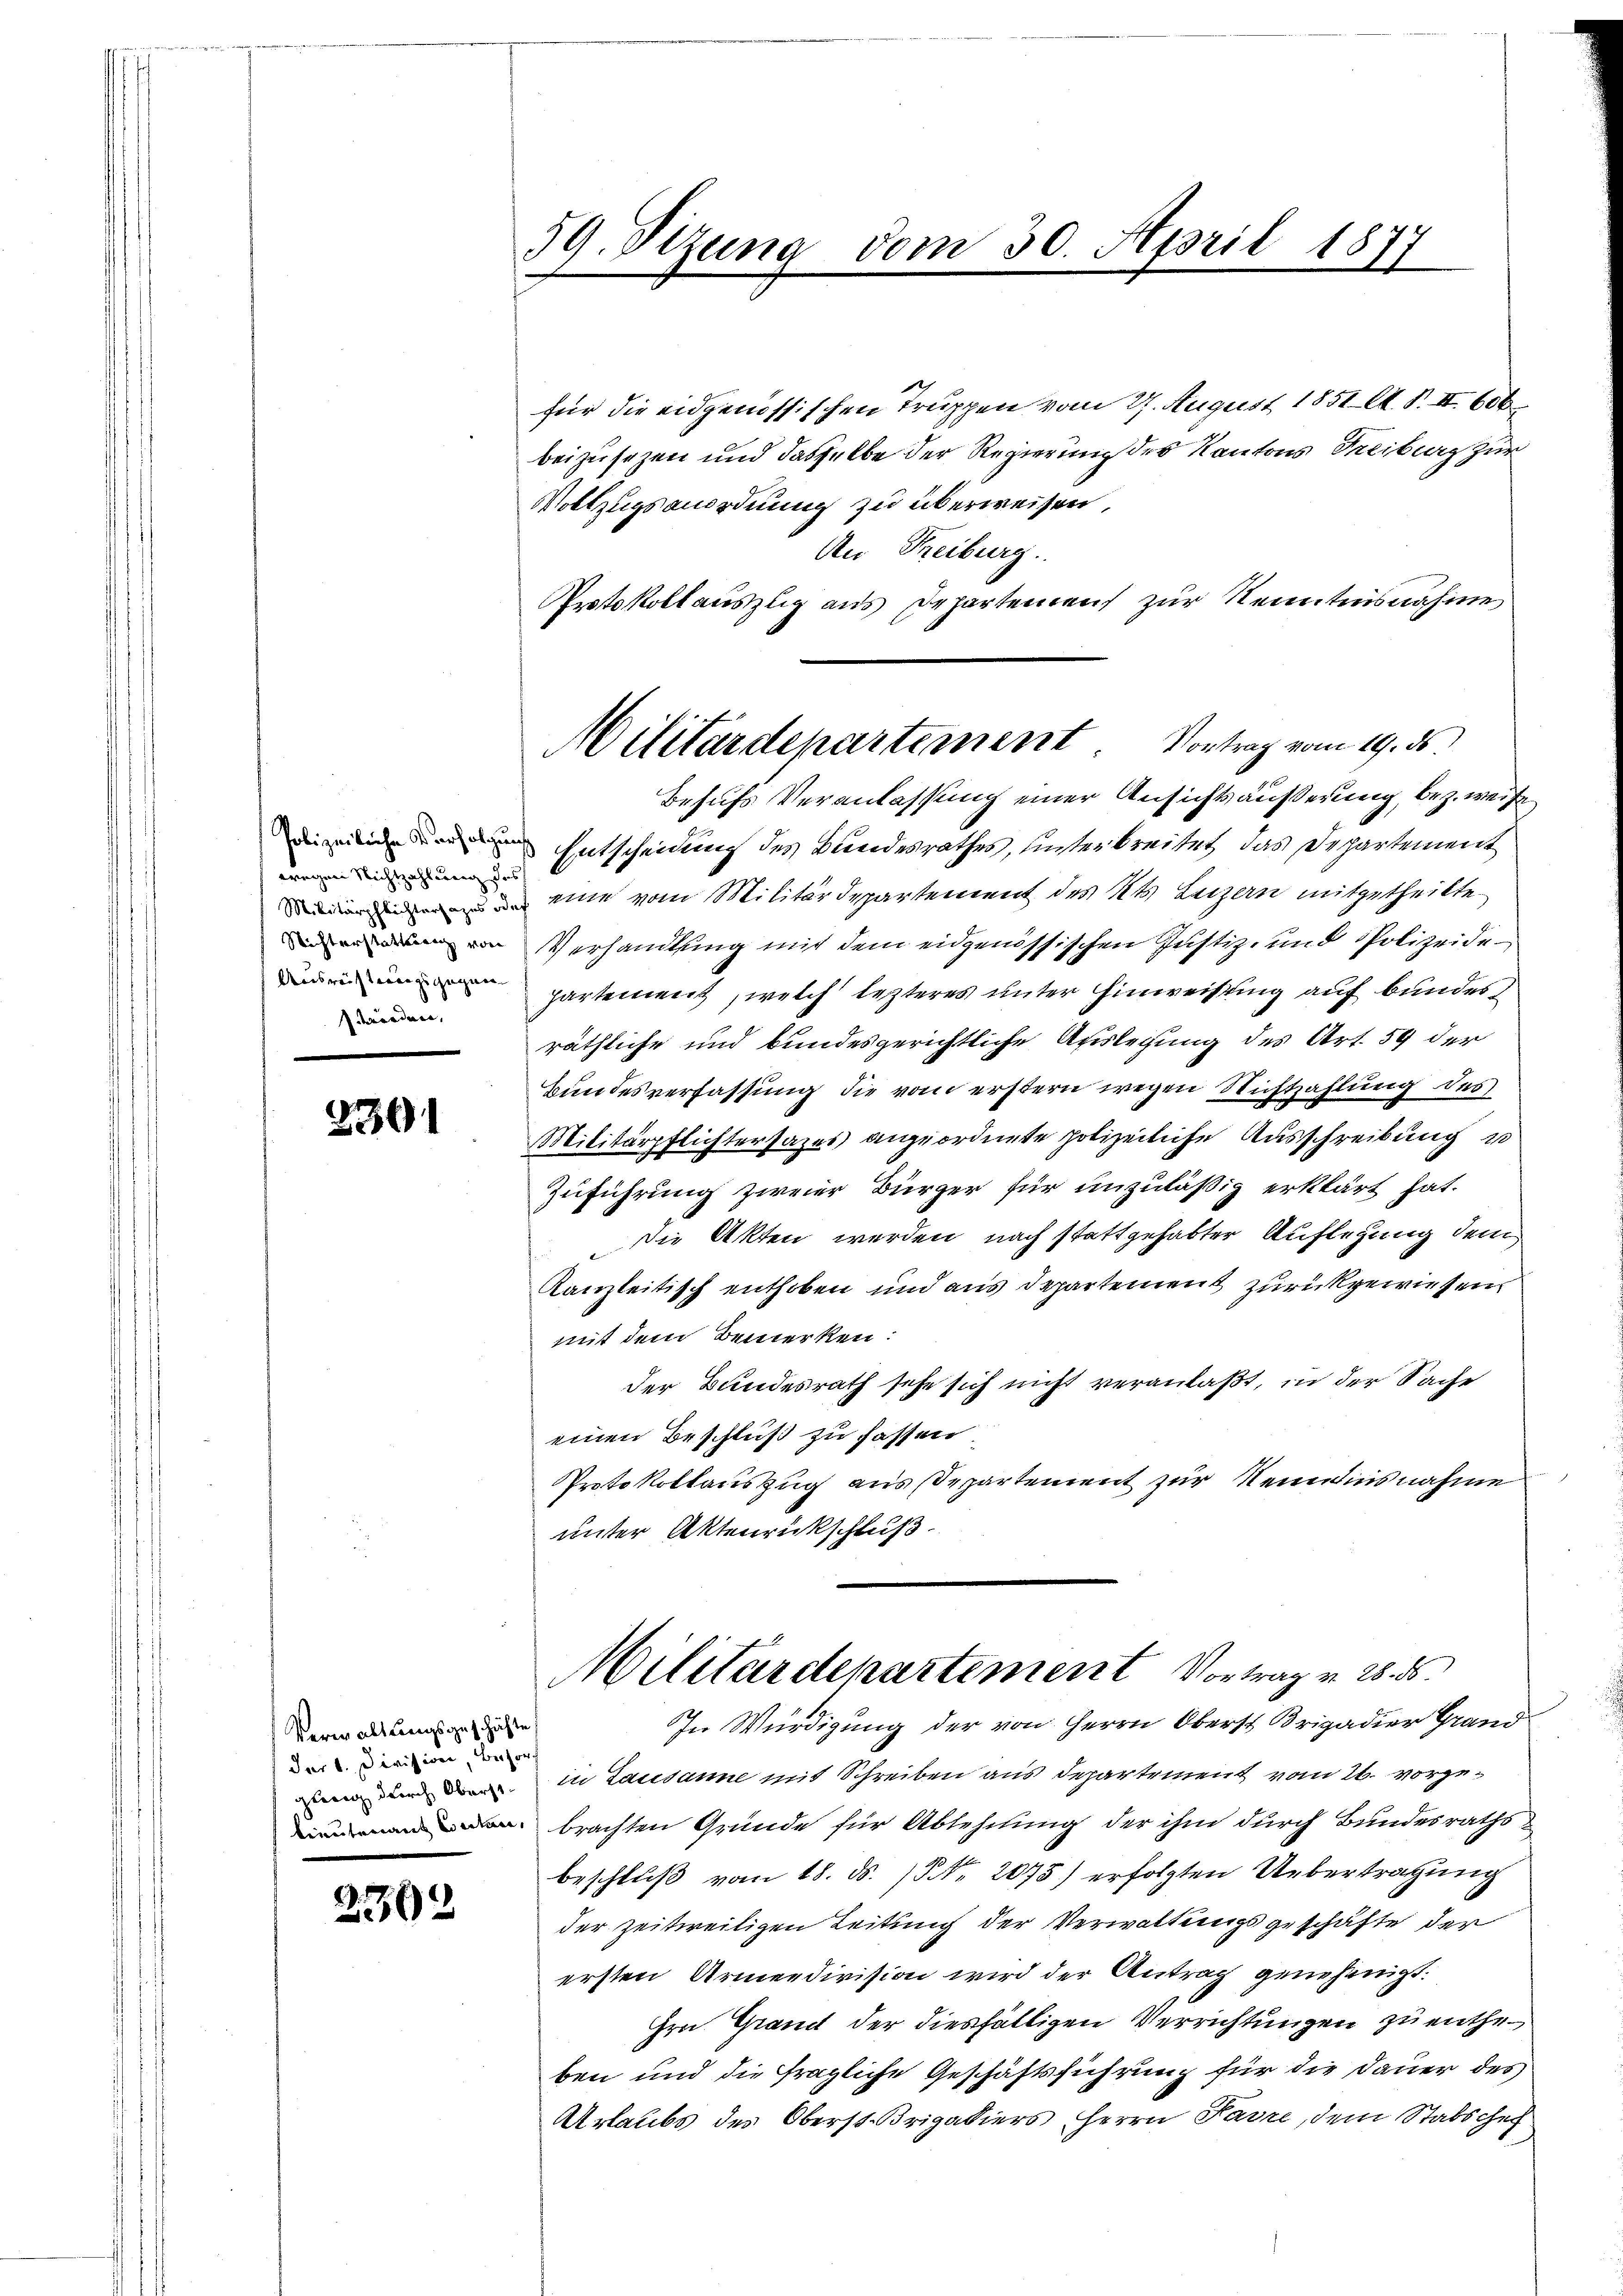
wegen Nichtzahlung des
wörden,

2391

Verwaltungsgeschichte
dar v. Division, Besor

2302

59. Stzung vom 30. April 1877

für die eidgenössischen Truppen vom 27. August 1851 A. S. II 606
beizusetzen und dasselbe der Regierung des Kantons Freiburg zur
Vollzugsanordnung zu überweisen,
An Freiburg.
Protokollauszlig aus Departement zur Kenntnisnahme
Behufs Veranlassung einer Ansichtsäußerung, bez. weise
Entscheidung des Bundesrathes, hinterbreitet, das Departement
de der in eine vom Militärdepartement des Kts. Luzern mitgetheilte
Verhandlung mit dem eidgenössischen Justiz- und Polizeide
departement, welch lezteres unter Hinweisung auf bundesräthliche und bundesgerichtliche Auslegung des Art. 59 der
Bundesverfassung die vom erstern wegen Nichtzahlung des
Militärpflichtersazes angeordnete polizeiliche Ausschreibung u
Zuführung zweier Bürger für unzuläßig erklärt hat.
Die Akten werden, nach stattgehabter Auflegung dem
Kanzleitisch enthoben und aus Departement zurückgewiesen.
mit dem Bemerken:
der Bundesrath sehe sich nicht veranlaßt, in der Sache
einen Beschluß zu fassen
Protokollauszug aussepartement zur Nemtnisnahme
unter Aktenrückschluß.
Militärdepartement Vortrag v. 28. ds.
In Würdigung der von Herrn Oberst Brigadier Grand
 dem in Lausanne mit Schreiben aus Departement vom 26. vorgebrachten Grunde für Ablehnung der ihm durch Bundesrathsbeschluß vom 18. ds. Nr. 2075) erfolgten Uebertragung
der zeitweiligen Zeitung der Verwaltungsgeschäfte der
ersten Armeedivision wird der Antrag genehmigt.
Hrn. Grand der diesfälligen Verrichtungen zu entheben und die fragliche Geschäftsführung für die Dauer des
Urlaubs des Oberst-Brigadiers, Herrn Pavre, dem Stabschaf

Militärdepartement. Vortrag vom 19. ds.